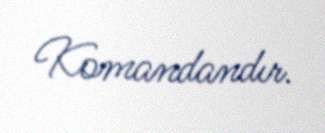
Komandandır.